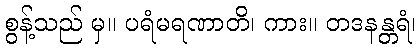
စွန့်သည် မှ။ ပရံမရဏာတိ၊ ကား။ တဒနန္တရံ၊